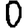
Digit: 0